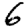
Digit: 6